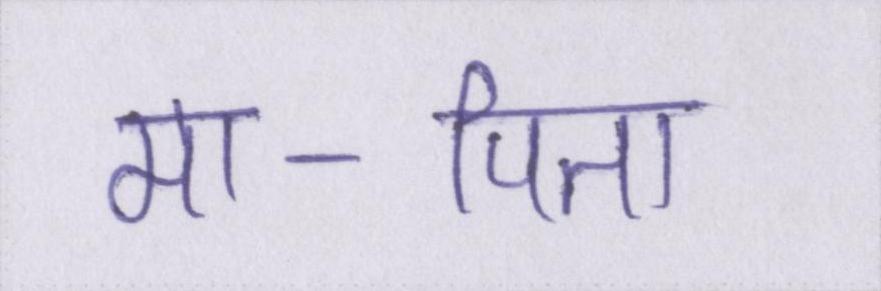
मा-पिता